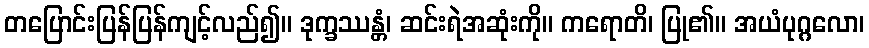
တပြောင်းပြန်ပြန်ကျင့်လည်၍။ ဒုက္ခဿန္တံ၊ ဆင်းရဲအဆုံးကို။ ကရောတိ၊ ပြု၏။ အယံပုဂ္ဂလော၊